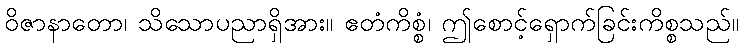
ဝိဇာနာတော၊ သိသောပညာရှိအား။ ဧတံကိစ္စံ၊ ဤစောင့်ရှောက်ခြင်းကိစ္စသည်။